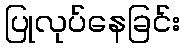
ပြုလုပ်နေခြင်း